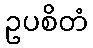
ဥပစိတံ